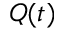
Q ( t )